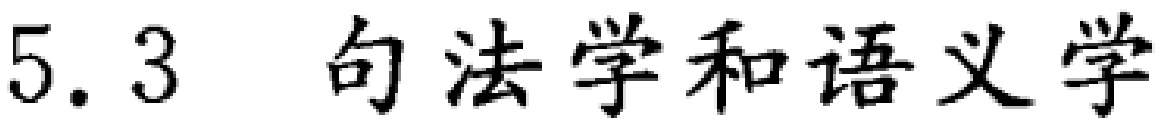
5.3 句法学和语义学